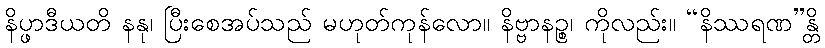
နိပ္ဖာဒီယတိ နနု၊ ပြီးစေအပ်သည် မဟုတ်ကုန်လော။ နိဗ္ဗာနဉ္စ၊ ကိုလည်း။ “နိဿရဏ”န္တိ